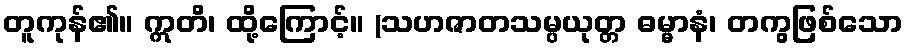
တူကုန်၏။ ဣတိ၊ ထို့ကြောင့်။ (သဟဇာတသမ္ပယုတ္တ ဓမ္မာနံ၊ တကွဖြစ်သော